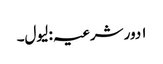
۱ دور شرعیہ : لیول۔